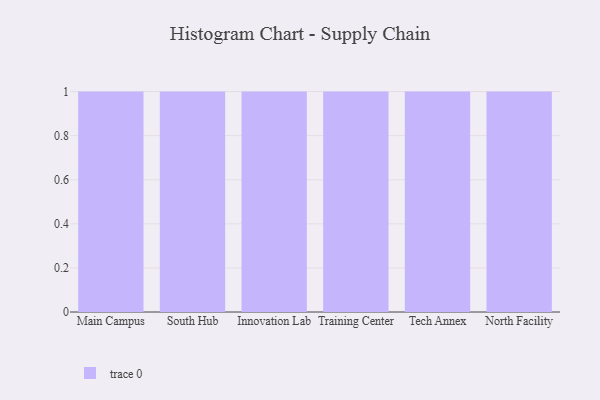
{"axis": {"x": "Campus", "y": "Active Users"}, "legend": [""], "data": [{"x": "Main Campus", "y": 62, "type": ""}, {"x": "South Hub", "y": 33, "type": ""}, {"x": "Innovation Lab", "y": 23, "type": ""}, {"x": "Training Center", "y": 80, "type": ""}, {"x": "Tech Annex", "y": 65, "type": ""}, {"x": "North Facility", "y": 74, "type": ""}]}